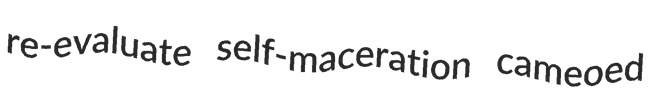
re-evaluate self-maceration cameoed